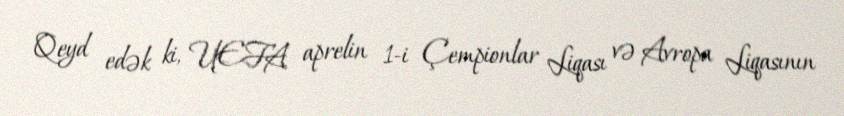
Qeyd edək ki, UEFA aprelin 1-i Çempionlar Liqası və Avropa Liqasının